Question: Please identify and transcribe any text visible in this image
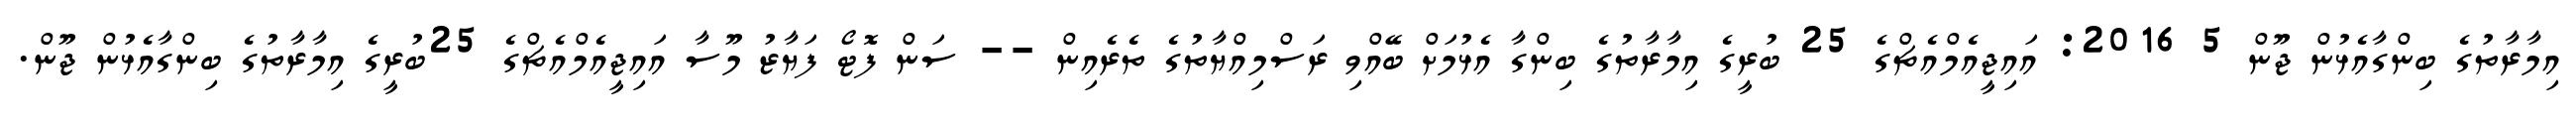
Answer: އިމާރާތުގެ ބިންގާއެޅުން ޖޫން 5 2016: އައިޖީއެމްއެޗްގެ 25 ބުރީގެ އިމާރާތުގެ ބިންގާ އެޅުމަށް ބޭއްވި ރަސްމިއްޔާތުގެ ތެރެއިން -- ސަން ފޮޓޯ ފަޔާޒު މޫސާ އައިޖީއެމްއެޗްގެ 25ބުރީގެ އިމާރާތުގެ ބިންގާއެޅުން ޖޫން.